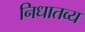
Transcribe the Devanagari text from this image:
निधातव्य